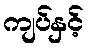
ကျပ်နှင့်